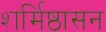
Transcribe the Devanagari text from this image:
शर्मिष्ठासन